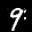
Label: 9